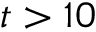
t > 1 0